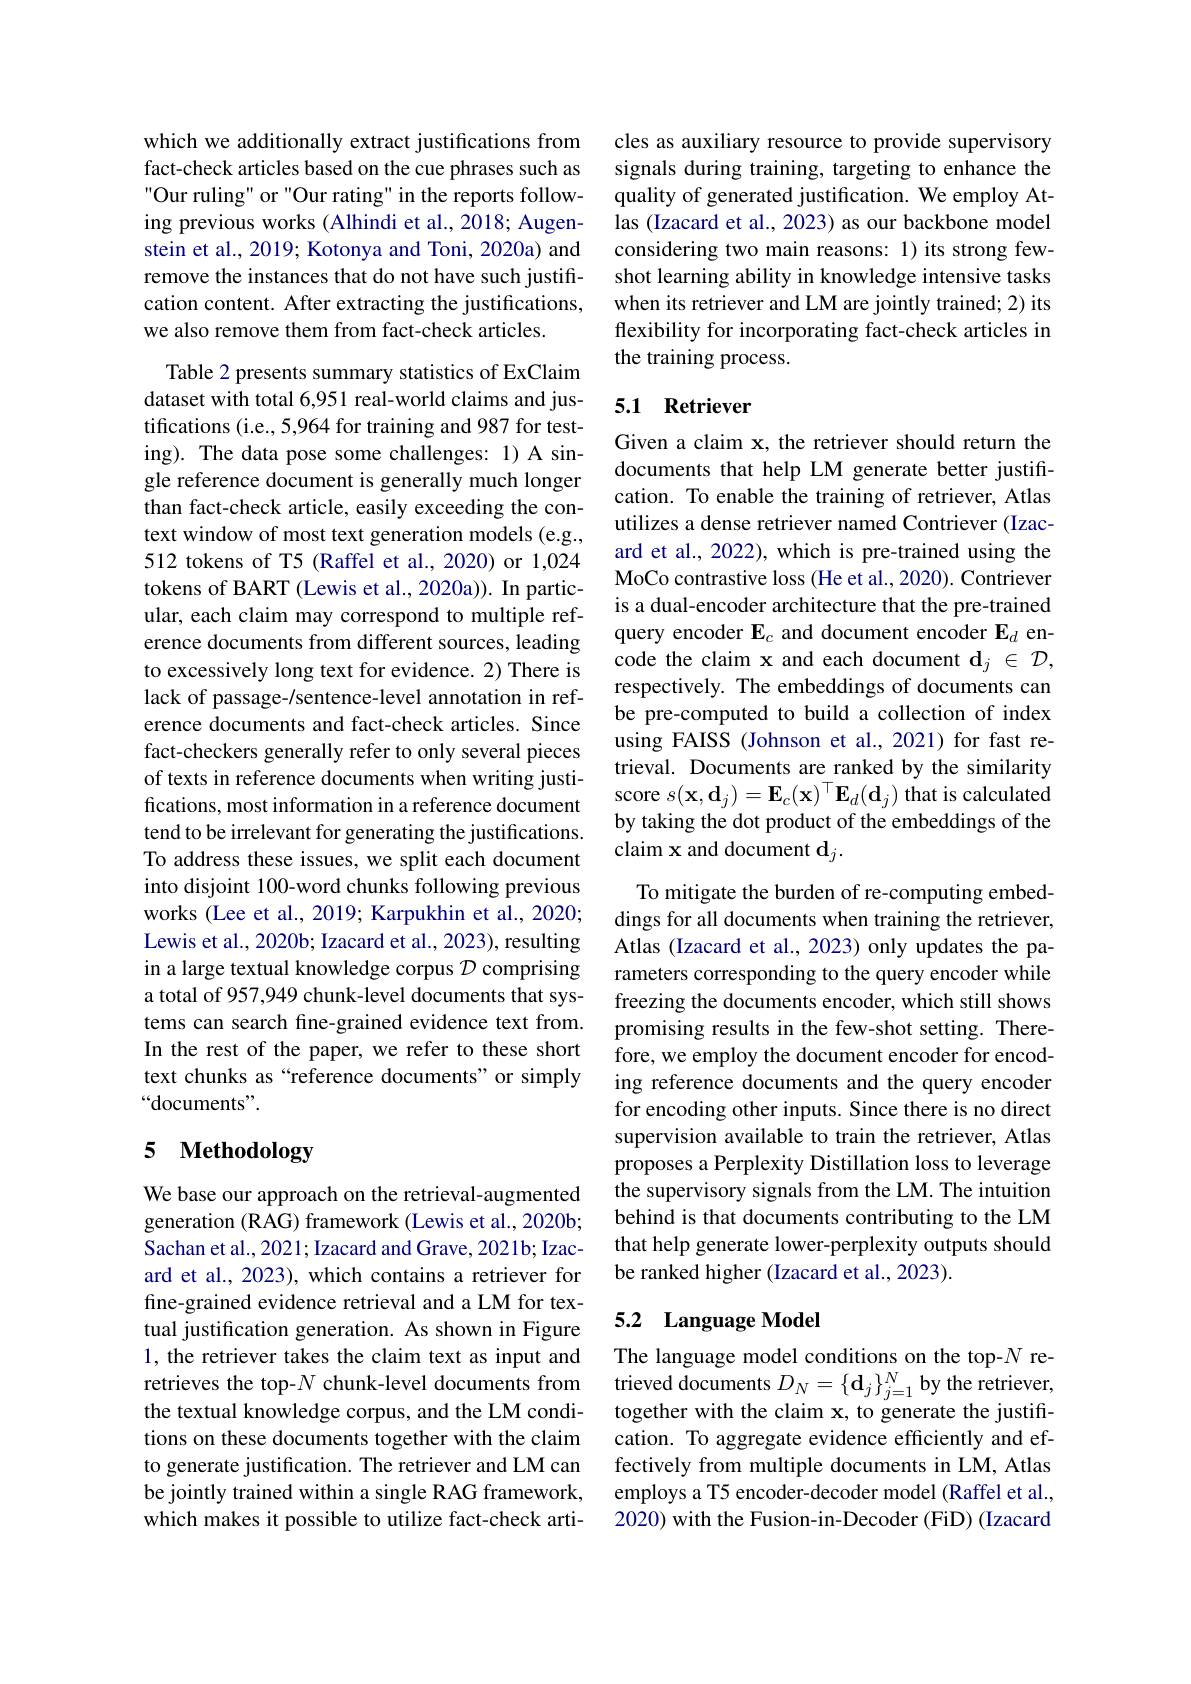
which we additionally extract justifications from fact-check articles based on the cue phrases such as Our ruling" or "Our rating" in the reports following previous works (Alhindi et al., 2018; Augenstein et al., 2019; Kotonya and Toni, 2020a) and remove the instances that do not have such justification content. After extracting the justifications, we also remove them from fact-check articles.

Table 2 presents summary statistics of ExClaim dataset with total 6,951 real-world claims and justifications (i.e., 5,964 for training and 987 for testing). The data pose some challenges: 1) A single reference document is generally much longer than fact-check article, easily exceeding the context window of most text generation models (e.g., 512 tokens of T5 (Raffel et al., 2020) or 1,024 tokens of BART (Lewis et al., 2020a)). In particular, each claim may correspond to multiple reference documents from different sources, leading to excessively long text for evidence. 2) There is lack of passage-/sentence-level annotation in reference documents and fact-check articles. Since fact-checkers generally refer to only several pieces of texts in reference documents when writing justifications, most information in a reference document tend to be irrelevant for generating the justifications. To address these issues, we split each document into disjoint 100-word chunks following previous works (Lee et al., 2019; Karpukhin et al., 2020; Lewis et al., 2020b; Izacard et al., 2023), resulting in a large textual knowledge corpus $\mathcal{D}$ comprising a total of 957,949 chunk-level documents that systems can search fine-grained evidence text from. In the rest of the paper, we refer to these short text chunks as “reference documents” or simply “documents”.

# 5 Methodology

We base our approach on the retrieval-augmented generation (RAG) framework (Lewis et al., 2020b; Sachan et al., 2021; Izacard and Grave, 2021b; Izacard et al., 2023), which contains a retriever for fine-grained evidence retrieval and a LM for textual justification generation. As shown in Figure 1, the retriever takes the claim text as input and retrieves the top-$N$ chunk-level documents from the textual knowledge corpus, and the LM conditions on these documents together with the claim to generate justification. The retriever and LM can be jointly trained within a single RAG framework, which makes it possible to utilize fact-check arti-

cles as auxiliary resource to provide supervisory signals during training, targeting to enhance the quality of generated justification. We employ Atlas (Izacard et al., 2023) as our backbone model considering two main reasons: 1) its strong fewshot learning ability in knowledge intensive tasks when its retriever and LM are jointly trained; 2) its flexibility for incorporating fact-check articles in the training process.

## 5.1 Retriever

Given a claim x, the retriever should return the documents that help LM generate better justification. To enable the training of retriever, Atlas utilizes a dense retriever named Contriever (Izacard et al., 2022), which is pre-trained using the MoCo contrastive loss (He et al., 2020). Contriever is a dual-encoder architecture that the pre-trained query encoder $\mathbf{E}_c$ and document encoder $\mathbf{E}_d$ encode the claim x and each document $\mathbf{d}_j\in\mathcal{D}$, respectively. The embeddings of documents can be pre-computed to build a collection of index using FAISS(Johnson et al., 2021) for fast retrieval. Documents are ranked by the similarity score $s(\mathbf{x},\mathbf{d}_{j})=\mathbf{E}_{c}(\mathbf{x})^{\top}\mathbf{E}_{d}(\mathbf{d}_{j})$ that is calculated by taking the dot product of the embeddings of the claim x and document $\mathbf{d}_j.$

To mitigate the burden of re-computing embeddings for all documents when training the retriever, Atlas (Izacard et al., 2023) only updates the parameters corresponding to the query encoder while freezing the documents encoder, which still shows promising results in the few-shot setting. Therefore, we employ the document encoder for encoding reference documents and the query encoder for encoding other inputs. Since there is no direct supervision available to train the retriever, Atlas proposes a Perplexity Distillation loss to leverage the supervisory signals from the LM. The intuition behind is that documents contributing to the LM that help generate lower-perplexity outputs should be ranked higher (Izacard et al., 2023).

## 5.2 Language Model

The language model conditions on the top-$N$ retrieved documents $D_N=\{\mathbf{d}_j\}_{j=1}^N$ by the retriever together with the claim x, to generate the justification. To aggregate evidence efficiently and effectively from multiple documents in LM, Atlas employs a T5 encoder-decoder model (Raffel et al., 2020) with the Fusion-in-Decoder (FiD) (Izacard